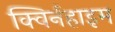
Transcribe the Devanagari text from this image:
क्विर्नहाइम